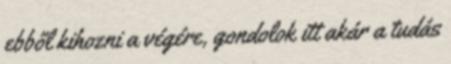
ebből kihozni a végére, gondolok itt akár a tudás